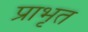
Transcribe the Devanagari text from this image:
प्राभृत